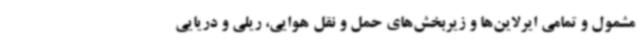
مشمول و تمامی ایرلاین‌ها و زیربخش‌های حمل‌ و نقل هوایی، ریلی و دریایی